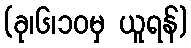
(ခု၊၆၊၁၀မှ ယူရန်)